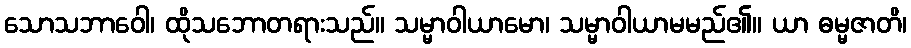
သောသဘာဝေါ၊ ထိုသဘောတရားသည်။ သမ္မာဝါယာမော၊ သမ္မာဝါယာမမည်၏။ ယာ ဓမ္မဇာတိ၊